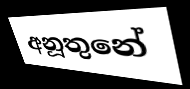
අනූතුනේ